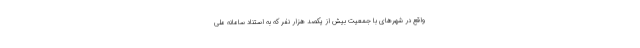
واقع در شهرهای با جمعیت بیش از یکصد هزار نفر که به استناد سامانه ملی